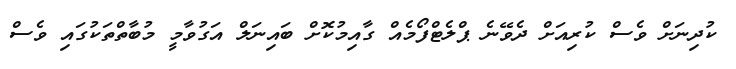
ކުދިނަށް ވެސް ކުރިއަށް ދެވޭނެ ޕްލެޓްފޯމެއް ގާއިމުކޮށް ބައިނަލް އަގުވާމީ މުބާތްތަކުގައި ވެސް